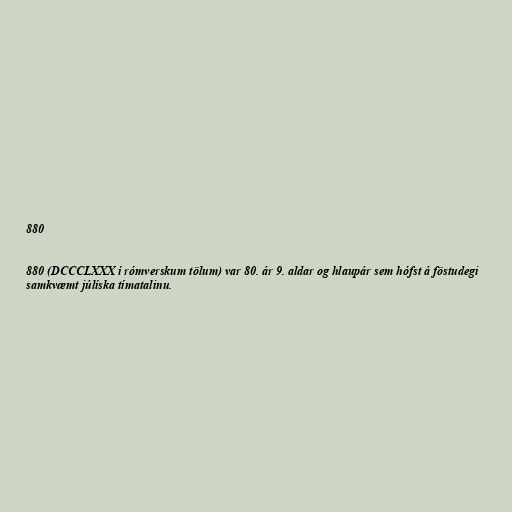
880

880 (DCCCLXXX í rómverskum tölum) var 80. ár 9. aldar og hlaupár sem hófst á föstudegi
samkvæmt júlíska tímatalinu.